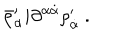
\bar { \rho } _ { \alpha } ^ { \prime } i \partial ^ { \alpha \dot { \alpha } } \rho _ { \dot { \alpha } } ^ { \prime } \ .